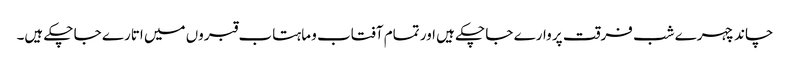
چاند چہرے شب فرقت پر وارے جا چکے ہیں اور تمام آفتاب و ماہتاب قبروں میں اتارے جا چکے ہیں۔